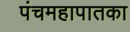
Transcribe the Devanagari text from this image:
पंचमहापातका